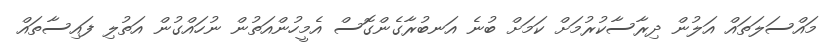
މައްސަލަތައް އަލުން ދިރާސާކުރުމަށް ކަމަށް ބުނެ އަނބުރާގެންގޮސް އެމީހުންއަތުން ނުހައްގުން އަތުލި ފައިސާތައް